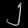
Digit: ၂